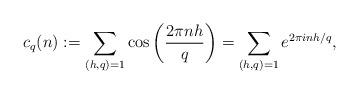
LaTeX: \begin{align*} {c_q}(n) :=\sum\limits_{(h,q) = 1}\cos\left(\frac{2\pi nh }{q}\right)= \sum\limits_{(h,q) = 1} {{e^{2\pi inh/q}}},\end{align*}